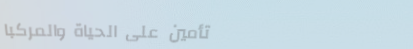
تأمين على الحياة والمركبا